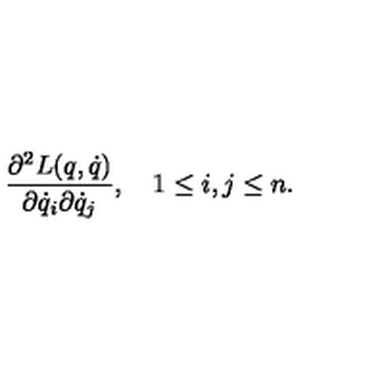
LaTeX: \frac { \partial ^ { 2 } L ( q , \dot { q } ) } { \partial \dot { q } _ { i } \partial \dot { q } _ { j } } , \quad 1 \leq i , j \leq n .